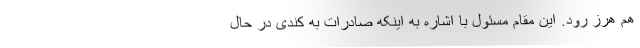
هم هرز رود. این مقام مسئول با اشاره به اینکه صادرات به کندی در حال